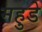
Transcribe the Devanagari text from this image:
महुडे